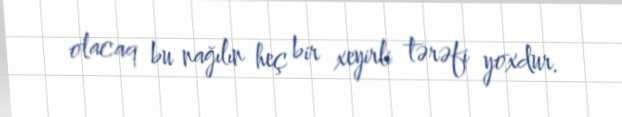
olacaq bu nağılın heç bir xeyirli tərəfi yoxdur.